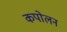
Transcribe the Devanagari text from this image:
कपोलन